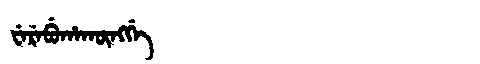
Manchu: ᠸᡝᡵᡝᠪᡠᡥᠠᡴᡡᠩᡤᡝ
Romanization: WEREBUHAKŪNGGE